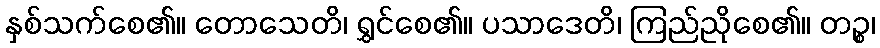
နှစ်သက်စေ၏။ တောသေတိ၊ ရွှင်စေ၏။ ပသာဒေတိ၊ ကြည်ညိုစေ၏။ တဉ္စ၊